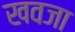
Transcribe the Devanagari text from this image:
खवजा